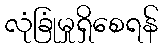
လုံခြုံမှုရှိစေရန်